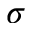
\sigma